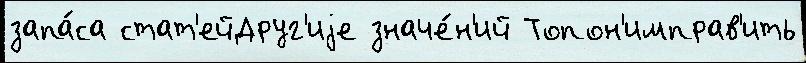
запа́са стат'ейДруг'иjе значе́н'ий Топон'имправ'ить